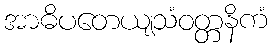
အာဓိပတေယျသံဝတ္တနိကံ